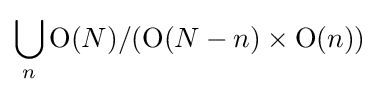
\bigcup _{n}\mathrm {O} (N)/(\mathrm {O} (N-n)\times \mathrm {O} (n))